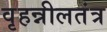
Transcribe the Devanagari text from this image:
वृहन्नीलतंत्र